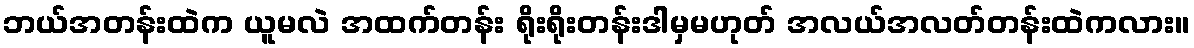
ဘယ်အတန်းထဲက ယူမလဲ အထက်တန်း ရိုးရိုးတန်းဒါမှမဟုတ် အလယ်အလတ်တန်းထဲကလား။